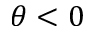
\theta < 0